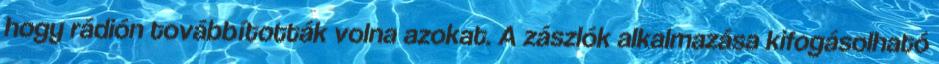
hogy rádión továbbították volna azokat. A zászlók alkalmazása kifogásolható